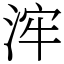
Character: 浶